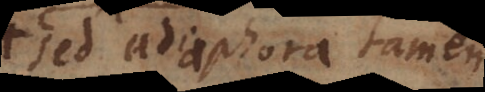
sed adiaphora tamen